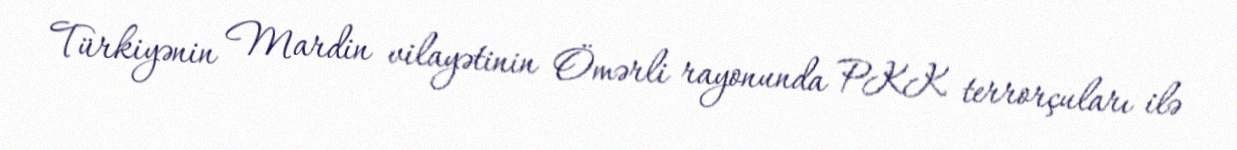
Türkiyənin Mardin vilayətinin Ömərli rayonunda PKK terrorçuları ilə